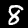
Label: 8